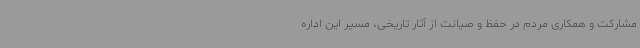
مشارکت و همکاری مردم در حفظ و صیانت از آثار تاریخی، مسیر این اداره